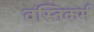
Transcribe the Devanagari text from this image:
वस्तिकर्म